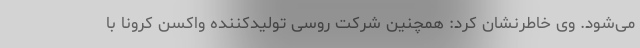
می‌شود. وی خاطرنشان کرد: همچنین شرکت روسی تولیدکننده واکسن کرونا با